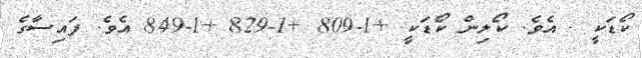
ކޯޑަކީ . އެވެ. ކޯލިން ކޯޑަކީ +1-809 +1-829 +1-849 އެވެ. ފައިސާގެ